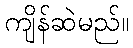
ကျိန်ဆဲမည်။